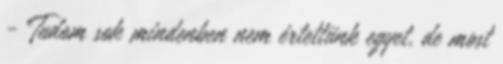
- Tudom sok mindenben nem értettünk egyet, de most